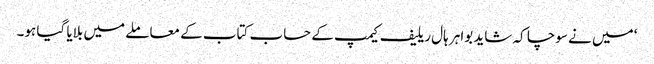
‘ میں نے سوچا کہ شاید بواہر ہال ریلیف کیمپ کے حساب کتاب کے معاملے میں بلایا گیا ہو۔